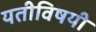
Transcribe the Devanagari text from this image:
यतीविषयी